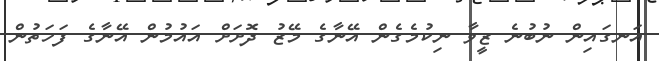
އަނގައިން ނުބުނެ ޒީވާ ނިކުމެގެން އޭނާގެ މޭޒު ދޮށަށް އައުމުން އޭނާގެ ފަހަތުން